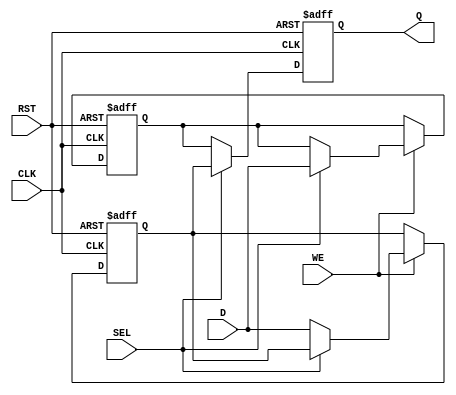
module double_buffer_register (
    input wire [7:0] D,       // Data Input
    input wire WE,            // Write Enable
    input wire CLK,           // Clock
    input wire SEL,           // Select signal
    input wire RST,           // Reset signal
    output reg [7:0] Q        // Data Output
);

    reg [7:0] buffer_a;      // Buffer A
    reg [7:0] buffer_b;      // Buffer B

    always @(posedge CLK or posedge RST) begin
        if (RST) begin
            // Reset both buffers to zero
            buffer_a <= 8'b0;
            buffer_b <= 8'b0;
            Q <= 8'b0; // Optional: Reset output as well
        end else begin
            // Write data to the selected buffer
            if (WE) begin
                if (SEL == 1'b0) begin
                    buffer_a <= D; // Write to Buffer A
                end else begin
                    buffer_b <= D; // Write to Buffer B
                end
            end
            // Output the data from the non-selected buffer
            if (SEL == 1'b0) begin
                Q <= buffer_b; // Read from Buffer B
            end else begin
                Q <= buffer_a; // Read from Buffer A
            end
        end
    end

endmodule